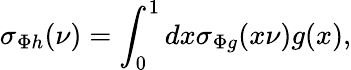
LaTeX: \sigma_{\Phi h}(\nu)=\int_{0}^{1}dx\sigma_{\Phi g}(x\nu)g(x),